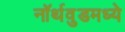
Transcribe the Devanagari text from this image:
नॉर्थवुडमध्ये